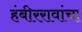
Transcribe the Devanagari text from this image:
हंबीररावांचा